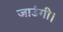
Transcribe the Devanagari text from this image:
जाउंगी।